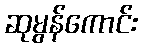
ဆုမွန်ကောင်း